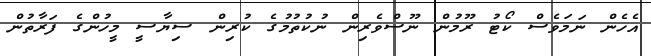
އެހެން ނަމަވެސް ކޯޓު ރޫމުން ނޫސްވެރިން ނުކުތުމުގެ ކުރިން ސިޔާސީ މީހުންގެ ފަރާތުން